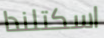
اسكتلندا